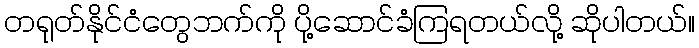
တရုတ်နိုင်ငံတွေဘက်ကို ပို့ဆောင်ခံကြရတယ်လို့ ဆိုပါတယ်။